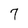
Character: 7